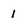
Character: 1